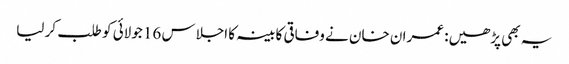
یہ بھی پڑھیں: عمران خان نے وفاقی کابینہ کا اجلاس 16 جولائی کو طلب کر لیا